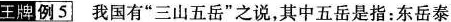
王牌例5 我国有”三山五岳”之说，其中五岳是指：东岳泰